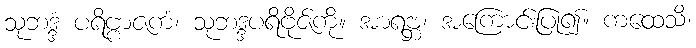
သုဘဒ္ဒံ ပရိဗ္ဗာဇကံ၊ သုဘဒ္ဒပရိဗိုဇ်ကို။ အာရဗ္ဘ၊ အကြောင်းပြု၍။ ကထေသိ၊